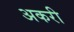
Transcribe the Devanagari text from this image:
अकरी